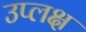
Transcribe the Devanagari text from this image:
उप्लक्ष